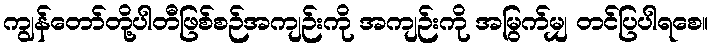
ကျွန်တော်တို့ပါတီဖြစ်စဉ်အကျဉ်းကို အကျဉ်းကို အမြွက်မျှ တင်ပြပါရစေ။